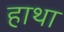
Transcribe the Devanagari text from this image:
हाथा